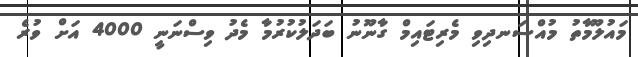
މައުލޫމާތު މުއްސަނދިވި މެރިޓައިމް ގާނޫނު ބަދަލުކުރުމާ މެދު ވިސްނަނީ 4000 އަށް ވުރެ